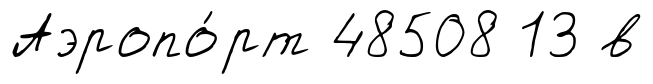
Аэропо́рт 48508 13 в